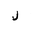
Letter: _lam